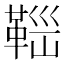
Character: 𩊼